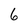
Character: 6